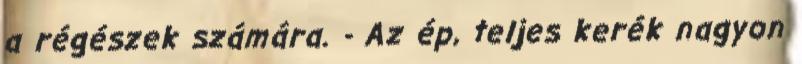
a régészek számára. - Az ép, teljes kerék nagyon